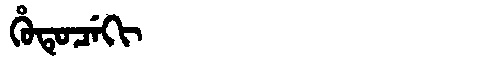
Manchu: ᡥᡠᡨᡠᠴᡝᡴᡳ
Romanization: HUTUCEKI